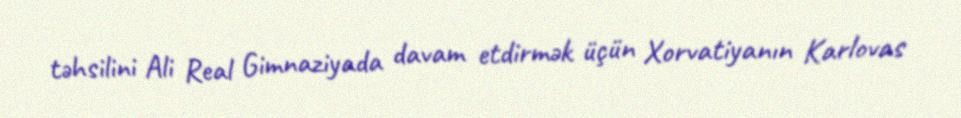
təhsilini Ali Real Gimnaziyada davam etdirmək üçün Xorvatiyanın Karlovas